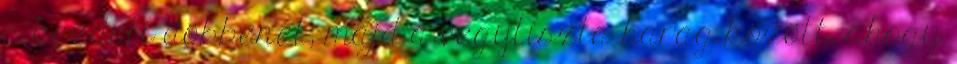
a kezdeti döbbenet, majd a vegytiszta harag között, ahogy